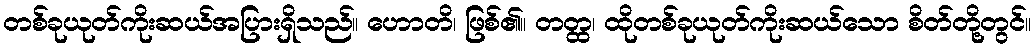
တစ်ခုယုတ်ကိုးဆယ်အပြားရှိသည်။ ဟောတိ၊ ဖြစ်၏။ တတ္ထ၊ ထိုတစ်ခုယုတ်ကိုးဆယ်သော စိတ်တို့တွင်။